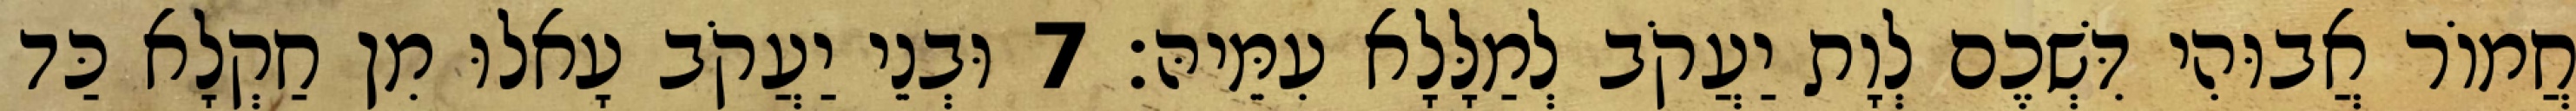
חֲמוֹר אֲבוּהִי דִּשְׁכֶם לְוָת יַעֲקֹב לְמַלָּלָא עִמֵּיהּ׃ 7 וּבְנֵי יַעֲקֹב עָאלוּ מִן חַקְלָא כַּד